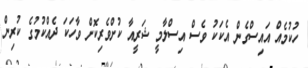
ހުކުމެއް އައިސްގެން އެކަކު ވެސް އިސްލާމީ ޝަރީއާ ކުށްވެރިކޮށް ވާހަކަ ދެއްކުމުގެ ކުރިން